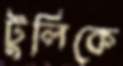
টুলিকে